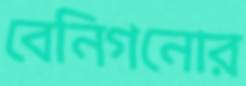
বেনিগনোর